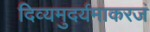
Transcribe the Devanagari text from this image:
दिव्यमुदर्यमाकरजं